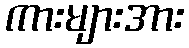
ကားများအား